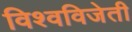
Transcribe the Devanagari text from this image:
विश्वविजेती